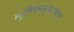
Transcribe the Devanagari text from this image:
म्यूजियमसुफरफेस्ट